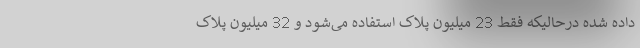
داده شده درحالیکه فقط 23 میلیون پلاک استفاده می‌شود و 32 میلیون پلاک